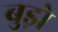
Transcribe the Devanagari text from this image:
बुड़ो